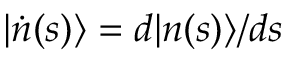
| \dot { n } ( s ) \rangle = d | n ( s ) \rangle / d s